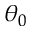
\theta _ { 0 }